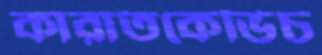
কারাতকেভিচ